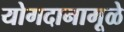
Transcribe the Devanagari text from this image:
योगदानामूळे